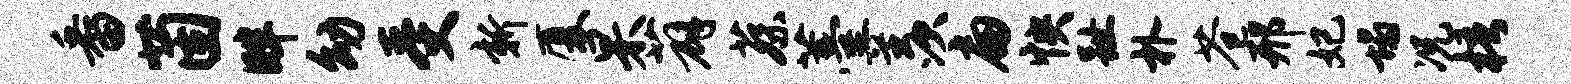
番茵畔幼受新厦杲薜蔡薹羡扁怏趾朴苍邢妃塌况梧